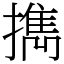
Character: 擕